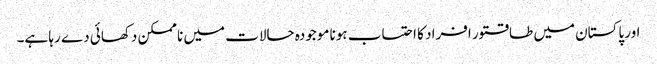
اور پاکستان میں طاقتور افراد کا احتساب ہونا موجودہ حالات میں نا ممکن دکھائی دے رہا ہے۔